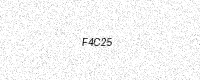
Text: F4C25